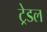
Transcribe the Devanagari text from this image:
ट्रेडल